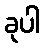
ခုပါ